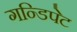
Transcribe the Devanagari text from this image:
गन्डिपेट